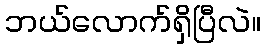
ဘယ်လောက်ရှိပြီလဲ။